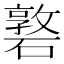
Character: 䃦